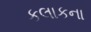
કલાકના